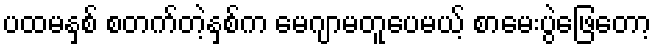
ပထမနှစ် စတက်တဲ့နှစ်က မေဂျာမတူပေမယ့် စာမေးပွဲဖြေတော့